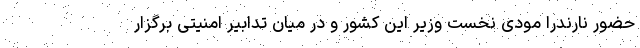
حضور نارندرا مودی نخست وزیر این کشور و در میان تدابیر امنیتی برگزار